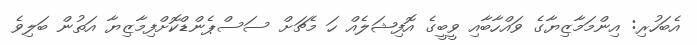
އެބަހުރި: އިންމަމާޒިޔާގެ ވައްހާބާއި ވީބީގެ އޮފިޝަލެއް ހަ މެޗަށް ސަސްޕެންޑްކޮށްފިމާޒިޔާ އަތުން ބަލިވެ